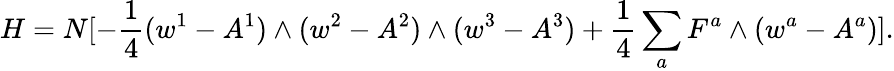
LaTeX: H=N[-{\frac{1}{4}}(w^{1}-A^{1})\wedge(w^{2}-A^{2})\wedge(w^{3}-A^{3})+{\frac{1}{4}}\sum_{a}F^{a}\wedge(w^{a}-A^{a})].